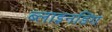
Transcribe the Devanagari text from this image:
ब्लाइनडिंग